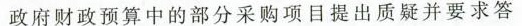
政府财政预算中的部分采购项目提出质疑并要求答